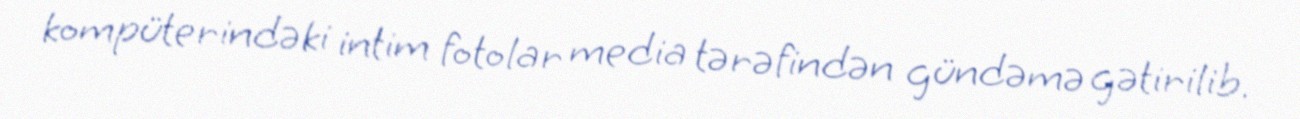
kompüterindəki intim fotolar media tərəfindən gündəmə gətirilib.